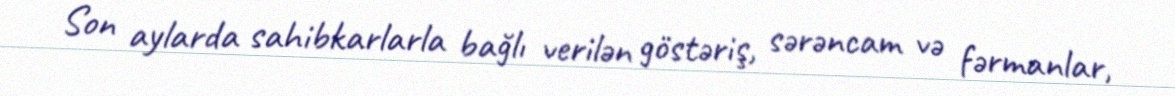
Son aylarda sahibkarlarla bağlı verilən göstəriş, sərəncam və fərmanlar,